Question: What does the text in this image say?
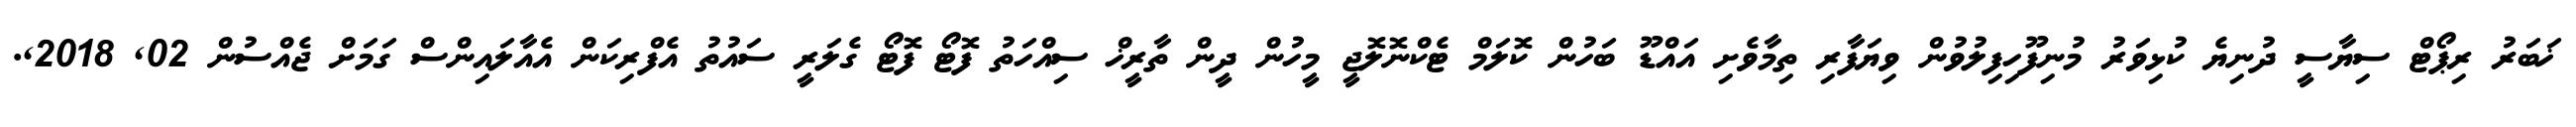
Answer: ޚަބަރު ރިޕޯޓް ސިޔާސީ ދުނިޔެ ކުޅިވަރު މުނިފޫހިފިލުވުން ވިޔަފާރި ތިމާވެށި އައްޑޫ ބަހުން ކޮލަމް ޓެކްނޮލޮޖީ މީހުން ދީން ތާރީޚް ސިއްހަތު ފޮޓޯ ފޮޓޯ ގެލަރީ ސައުތު އެފްރިކަން އެއާލައިންސް ގަމަށް ޖެއްސުން 02, 2018,.